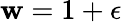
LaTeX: \mathbf{w}=1+\epsilon